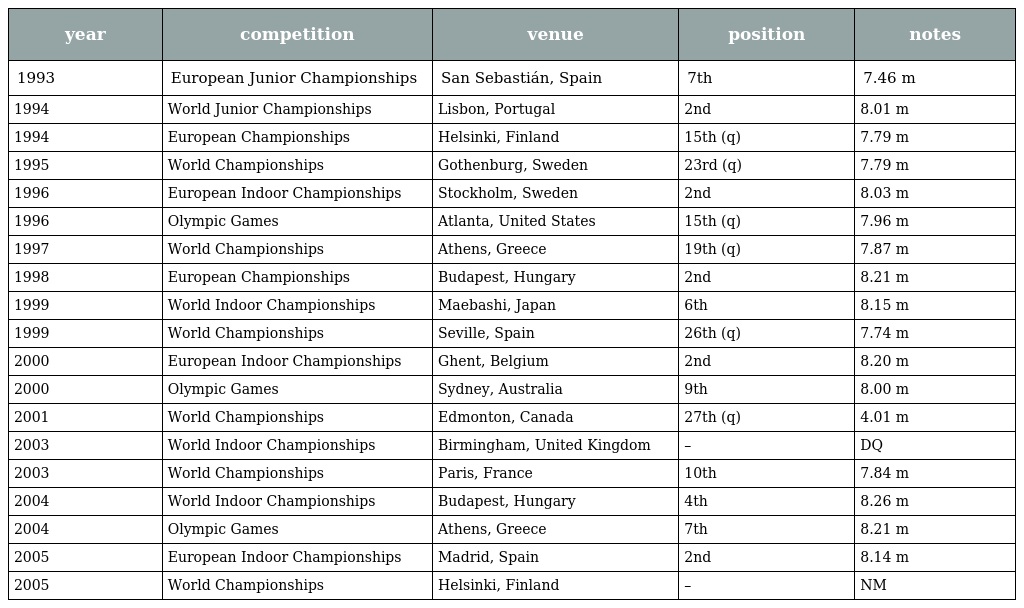
| year | competition | venue | position | notes |
 | --- | --- | --- | --- | --- |
 | 1993 | European Junior Championships | San Sebastián, Spain | 7th | 7.46 m |
 | 1994 | World Junior Championships | Lisbon, Portugal | 2nd | 8.01 m |
 | 1994 | European Championships | Helsinki, Finland | 15th (q) | 7.79 m |
 | 1995 | World Championships | Gothenburg, Sweden | 23rd (q) | 7.79 m |
 | 1996 | European Indoor Championships | Stockholm, Sweden | 2nd | 8.03 m |
 | 1996 | Olympic Games | Atlanta, United States | 15th (q) | 7.96 m |
 | 1997 | World Championships | Athens, Greece | 19th (q) | 7.87 m |
 | 1998 | European Championships | Budapest, Hungary | 2nd | 8.21 m |
 | 1999 | World Indoor Championships | Maebashi, Japan | 6th | 8.15 m |
 | 1999 | World Championships | Seville, Spain | 26th (q) | 7.74 m |
 | 2000 | European Indoor Championships | Ghent, Belgium | 2nd | 8.20 m |
 | 2000 | Olympic Games | Sydney, Australia | 9th | 8.00 m |
 | 2001 | World Championships | Edmonton, Canada | 27th (q) | 4.01 m |
 | 2003 | World Indoor Championships | Birmingham, United Kingdom | – | DQ |
 | 2003 | World Championships | Paris, France | 10th | 7.84 m |
 | 2004 | World Indoor Championships | Budapest, Hungary | 4th | 8.26 m |
 | 2004 | Olympic Games | Athens, Greece | 7th | 8.21 m |
 | 2005 | European Indoor Championships | Madrid, Spain | 2nd | 8.14 m |
 | 2005 | World Championships | Helsinki, Finland | – | NM |